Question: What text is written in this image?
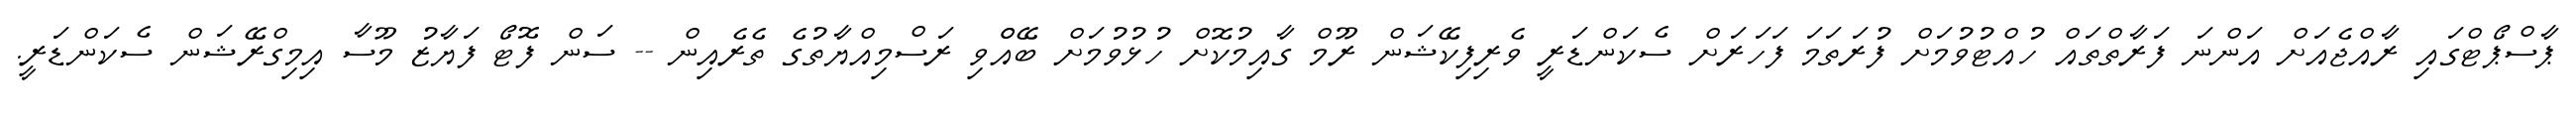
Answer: ޕާސްޕޯޓްގައި ރާއްޖެއަށް އަންނަ ފަރާތްތައް ހުއްޓުވުމަށް ފުރަތަމަ ފަހަރަށް ސެކަންޑަރީ ވެރިފިކޭޝަން ރޫމް ގާއިމުކޮށް ހުޅުވުމަށް ބޭއްްވި ރަސްމިއްޔާތުގެ ތެރެއިން -- ސަން ފޮޓޯ ފަޔާޒު މޫސާ އިމިގްރޭޝަން ސެކަންޑަރީ.